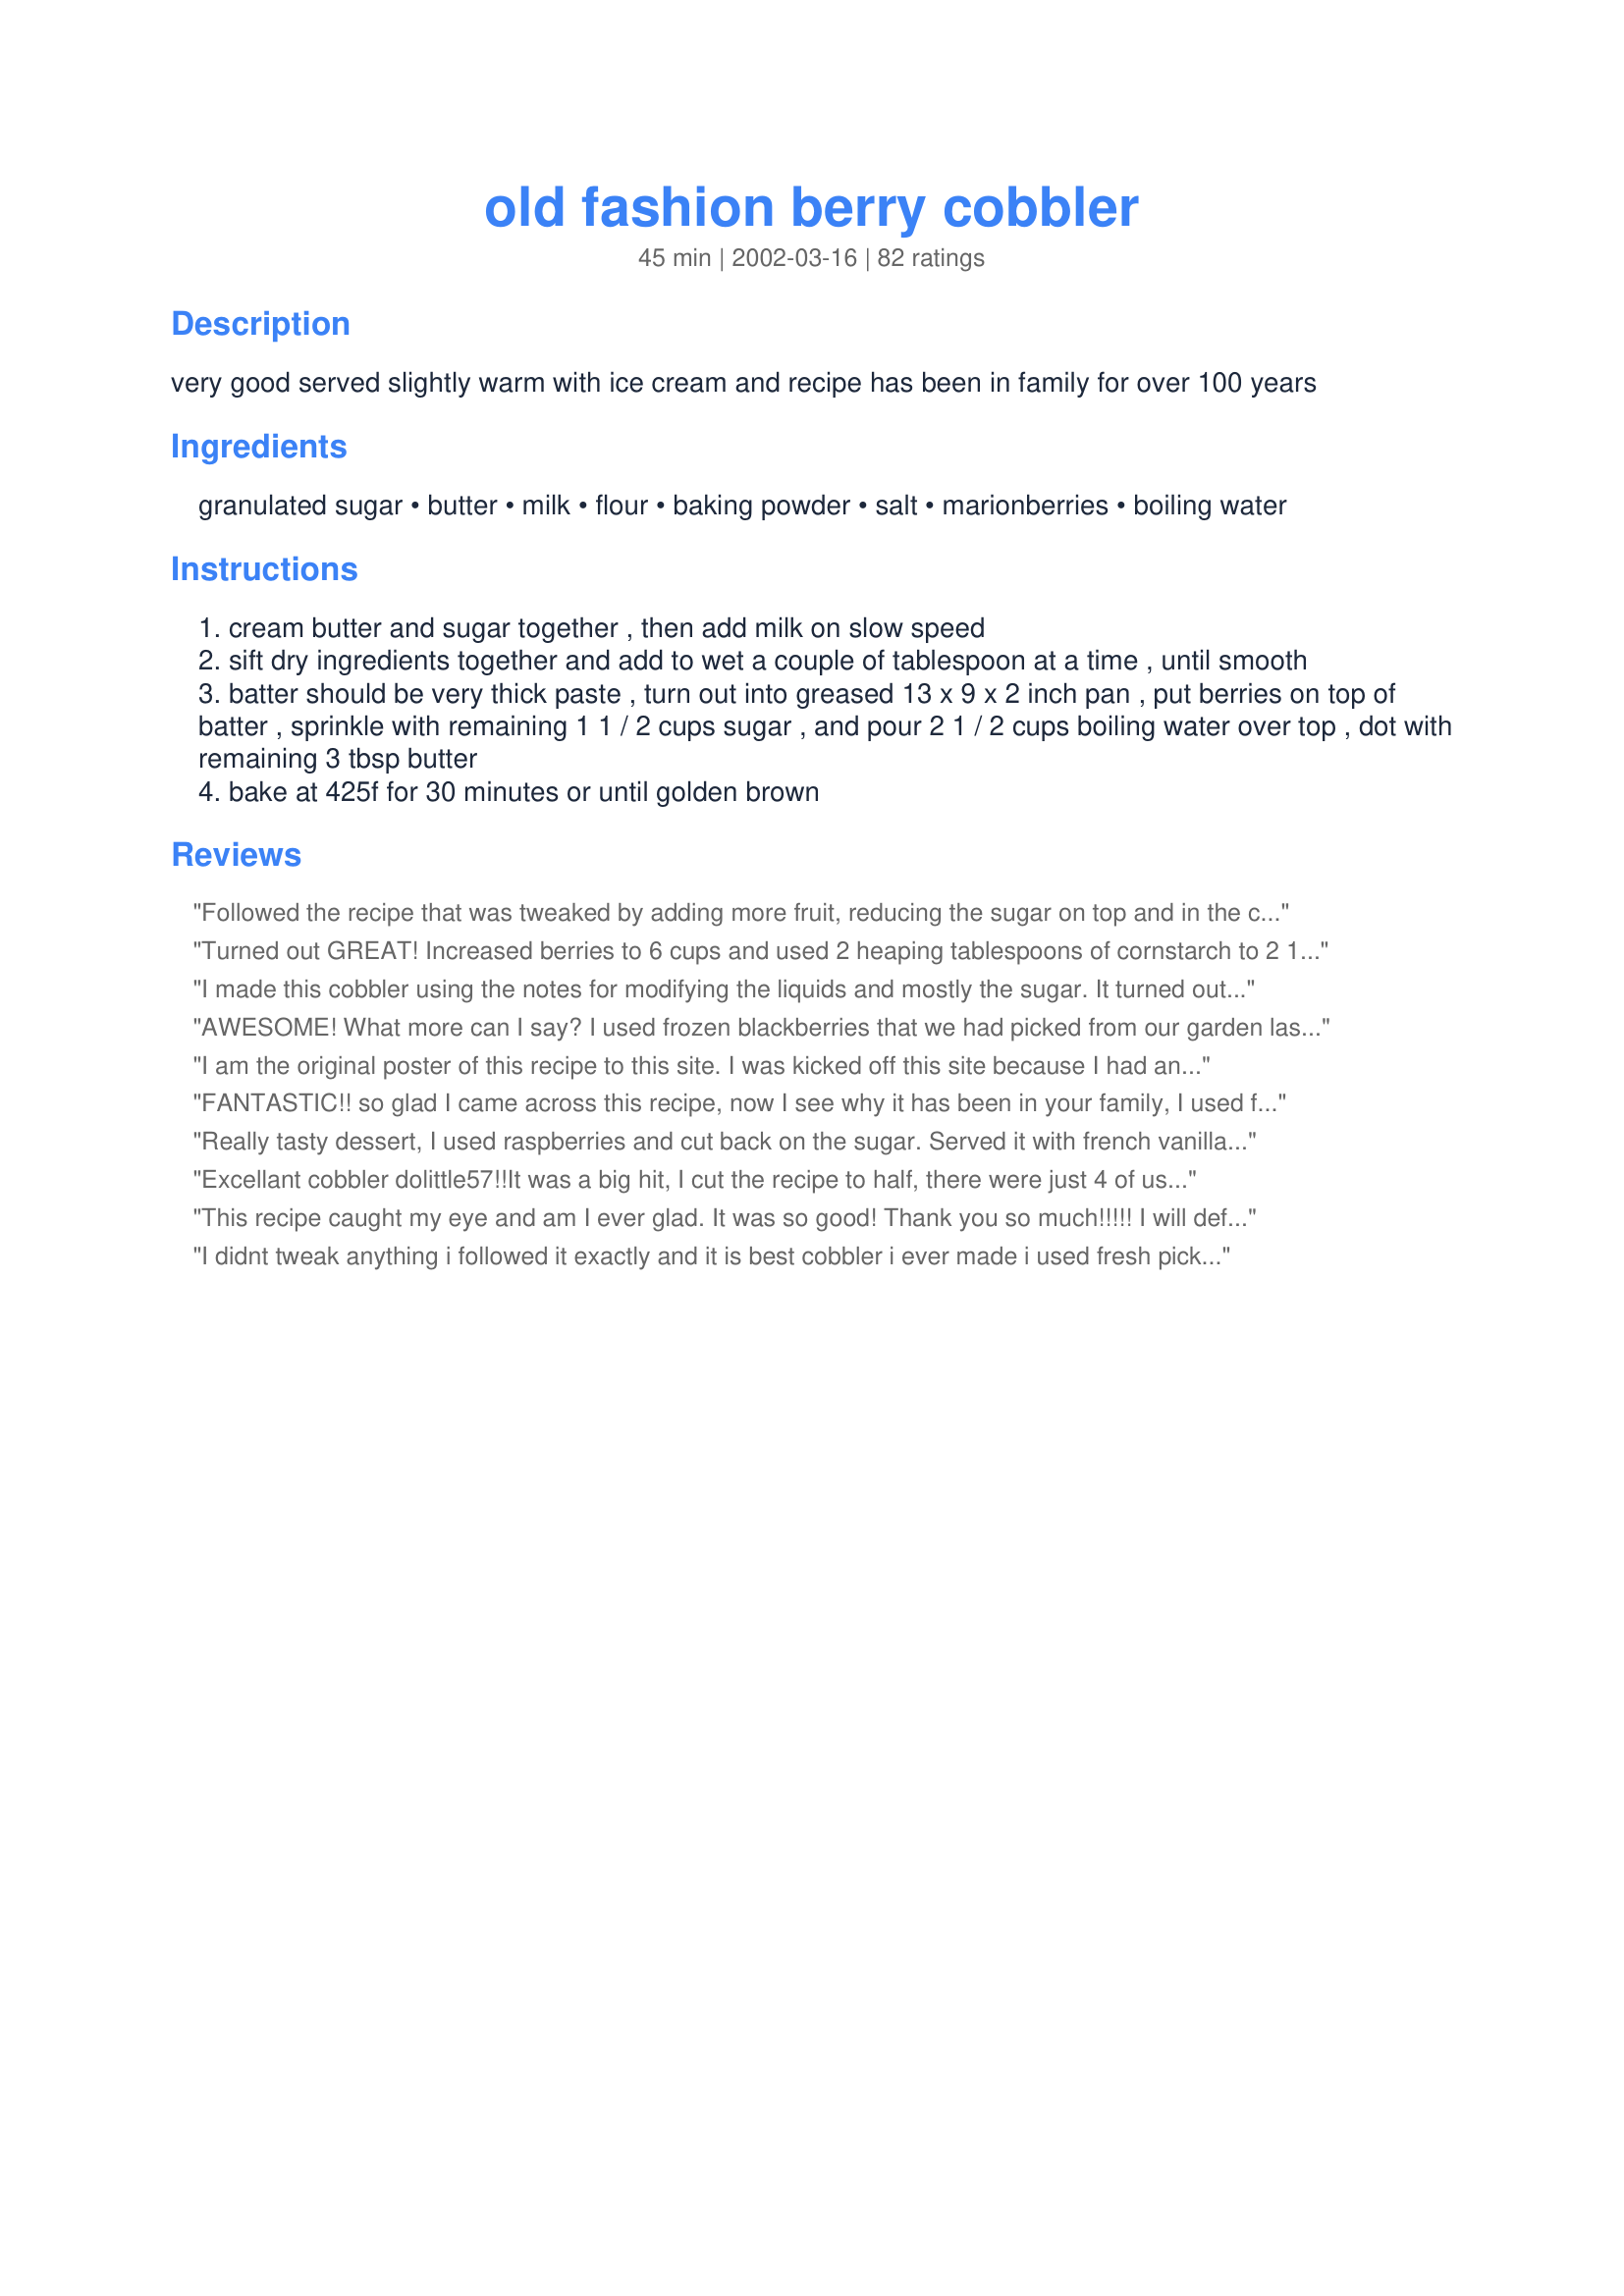
old fashion berry cobbler
Preparation time: 45 minutes

very good served slightly warm with ice cream and recipe has been in family for over 100 years

Ingredients:
granulated sugar, butter, milk, flour, baking powder, salt, marionberries, boiling water

Steps:
cream butter and sugar together , then add milk on slow speed
sift dry ingredients together and add to wet a couple of tablespoon at a time , until smooth
batter should be very thick paste , turn out into greased 13 x 9 x 2 inch pan , put berries on top of batter , sprinkle with remaining 1 1 / 2 cups sugar , and pour 2 1 / 2 cups boiling water over top , dot with remaining 3 tbsp butter
bake at 425f for 30 minutes or until golden brown

Reviews:
Followed the recipe that was tweaked by adding more fruit, reducing the sugar on top and in the cobbler, and the liquid to only 1 cup, but the batter never came to the top, sat on the bottom and is very dense. Frustrating! Maybe we'll just scrape the fruit off the top and eat that!
Turned out GREAT! Increased berries to 6 cups and used 2 heaping tablespoons of cornstarch to 2 1/2 cups cold water then brought it to a boil until thickened. AWESOME!!!
I made this cobbler using the notes for modifying the liquids and mostly the sugar. It turned out delicious, but I'm not sure if it was right. When I took it out of the oven it had about an inch of 'sugar water' jelled on the bottom. Looked wrong, but I thought it might solidify a bit if I left it in. We didn't end up taking it to our friends' dinner, so ate it this morning. The 'jelled' liquid at the bottom was delicious, even if it was wrong! It was almost like a topping for the cobbler. I'll do this again using any suggestions anyone has for me!! Great Cobbler!!
AWESOME! What more can I say? I used frozen blackberries that we had picked from our garden last summer, reduced the sugar to 1 cup & also reduced the boiling water to 2 cups. It came out golden & perfect--not too saucy, not too stiff. Can't wait to try it with other berries/fruit! Thank you, Doolittle!
-M :-)
I am the original poster of this recipe to this site. I was kicked off this site because I had an arguement with Mean Chef for the way he was treating people on this site. I wrote the administrators 2 times asking that my site name and recipes be removed, yet they did not do so, and from what I can tell they have copy righted my recipes. This was done without my knowledge or permission and I believe is illegal. I doubt this review will be posted.
FANTASTIC!! so glad I came across this recipe, now I see why it has been in your family, I used frozen raspberries and it came out really nice will be making this one alot. Great to make for family get togethers, YUM! YUM!. Thank you for posting it Dolittle57.
Really tasty dessert, I used raspberries and cut back on the sugar.
Served it with french vanilla ice cream and a little cream...yum!
Excellant cobbler dolittle57!!It was a big hit, I cut the recipe to half, there were just 4 of us, also cut back on the sugar, we like our berries a little tart. Probably because I used a deeper dish, I had to cook it longer, about 20 minutes more. But no matter it was delicious! and will do it again. Thanks for sharing a good recipe.
This recipe caught my eye and am I ever glad. It was so good! Thank you so much!!!!! I will definitely make many more times.
I didnt tweak anything i followed it exactly and it is best cobbler i ever made i used fresh picked red raspberries
It was very yummy. Haven't tried it with ice cream yet, but that should make it even better. It was a really good cobbler, just like I remember my mom used to make when we were young. I used blackberries from our local farmer's market. I'm going to get some more this week so I can make this recipe when my kids get home from grandma's. It was pretty easy to make too. Just make sure you warm any leftovers b/c it's MUCH better warm than cold! I'm going to add extra berries next time too, b/c I think I only used about 2 cups (but it was all I had and it was still yum!)
My brother in law used to make a receipe just like this using bisquick years ago. I do not like to use boxed ingredients, and so have not made this for 'years'. I was delighted when I found this receipe. I found it to be even better than the one he used to make with Bisquick. CHANGES I made: I took out 1/2 cup of the water to be poured over the batter and berries, and added 1/2 cup of fresh lemon juice with the outside of the lemon being grated. And YUM! #Foreversoldonthisreceipe.
This cobbler is delicious! I used whole wheat pastry flour and a bag of mixed berries. My husband loved this and wants me to make another...soon.
Amazing! I was nervous at first to pour the boiling water over top, but this is how it makes the saucy syrup.I have already made this several times,we love it.
This is wonderful! Used frozen cherries, but any fruit would be good. Thanks for the recipe!
Blueberries were tops in this timeless classic! Thumbs up!
I’m curious about the fruit going ON TOO of the batter? It’s browning in the oven?? When I’ve made cobblers before the batter goes on top of the fruit??
Really great flavour. It&#039;s not berry season here, so I used a frozen berry mix - loved all the different sweet/tart berries along with the cobbler. I would say that for me personally, I would add a 1/2 cup less water next time I make it as I found it a little soupy. Great flavours though. Very more-ish! I kept picking and picking!!
OMG!!! I don't know what happen, but the butter and sugar wasn't creamy and it looked like the skim milk I used made it curdle. I know I was using fresh ingredients, so I just kept going. I sifted the rest of the dry ingr. and the batter looked good. Well, I thought if anything else I still have enough of everything I need to make another one if this didn't turn out. To my surprize, it was the best cobbler I had made for the first time! I used blueberries,blk berries and peaches all frozen. I did as one of the other recipes said to reduce sugar by 1/2cup and boiling water by 1 cup. Everyone in my office loved it. It looked fabulous and tasted extra yummy. Thanks for the recipe and help from the others who did revisions for a better taste. KEEPER,OH YEAH!
A wonderful cobbler. I seriously wondered about the 2 1/2 cups of water but it was perfect. I doubled the amount of fruit (home grown blackberries) and left everything else the same. Fix early as it will not be nearly as good the next day
This was great! I had unexpected company and remembered I had this recipe. I used frozen mixed berries (strawberries, blackberries etc..) and it turned out EXCELLENT!
My man loved this recipe, but I found it a little high on the baking soda (it had that slightly metallic aftertaste), and it almost burned because the cooking time was a few minutes too long for my oven. Other than that, it was really good.
I was skeptical about this recipe. I didn't think that we'd like it. I mean who ever heard of pouring water on top?? BUT, WOW!!! This is awesome! Thanks a lot, we'll be making this again and again.

I only put 1 cup of sugar on top, cause it looked like a lot. We put the entire 2 1/2 cups of water on there. It was soupy when we scooped it up, but who cares!? It was like a berry sauce all over the vanilla ice cream. This is a great recipe!
Yum
I've made this 3 times now, following the recipe to the letter each time (except I used frozen berries). It is hands down the best cobbler I have ever had in my life.
Having been brought up in a Cajun community, if you didn't share your food...well, you wouldn't be--Cajun! To this day I still feel the need to share so I brought some to my neighbor who just devoured his portion...and he was looking for more!!! I had one major concern. The 1 1/2 cups sugar topping the berries seemed excessive. I cut it to one cup and it was plenty sweet. As suggested by other chefs I, also, cut the boiling water to 2 cups. DE-lishous! Oh wait, I didn't use enough exclamation points, so here's some more--so gooooood!!!!!!
Mine turned out just like the pictures....It doesn't get any easier than this recipe....A real keeper...
Everyone loved this dessert. I read the reviews and also used less sugar and boiling water at the last step,on account I also use frozen berries. I thought it was strange putting the batter on the bottom. But what a fun surprise to keep peeking in and seeing the dough rise up through the fruit. It was delicious and fun to make. Can't wait to make another, and change up the fruit. I used 1 1/2 c raspberries and 1 1/2 blackberries.
Very good for brunch!
Oh WOW!!!! We loved this recipe... thank you so much for sharing!! I followed the recipe extactly except.... i did only use 1 1/2 cups of boiling water, because i used frozen berries. It came out just perfect!!! This would make a great addition to a sunday brunch too!! Loved it!!!
My family really enjoyed this sweet, buttery cobbler. The cake portion was neither too dense nor too light. I did feel that the fruit was a bit soupy when I made this the first time so I reduced the water by 1/2 cup in my second attempt and was much happier with the results. I used frozen blueberries, and thus, had to add several minutes to my cooking time. Comfort food is what comes to mind when I think of this recipe. I can't wait to try this with other types of berries. Thanks for posting your recipe!!!!!
I used all blueberries. In retrospect, there are a lot more blueberries in 3 cups than say , raspberries. Even still, it was so good. This recipe is very forgiving because I unintentionally left out half a cup of water too . My husband couldn't stop eating it. I had to fight myself from taking a second helping. Great recipe!
This was very scary to make, it is an unconventional way to make it (to me) and I remember thinking while putting the raw ingredients together that this was either going to be the greatest thing I've ever made or the biggest catastrophe. Well, it turned out to be the greatest thing I ever made. I followed the directions exactly, except I used two bags of frozen mixed berries and only used 1 cup of sugar for the top of them and 2 cups of boiling water, after reading some reviews. Oh, and I used a 14.5x10.5" glass pan so it wouldn't be so thick. It turned out perfectly. I took it to Thanksgiving dinner at my mother's house and it was a hit!! There was more fruit than crust and it wasn't too syrupy or too sweet, just the way I like cobbler. Thanks for this recipe, I will definitely be using it again.
Excellent recipe and easy to make. I did use Splenda instead of sugar, still tasty for those of us who are trying to cut back on sugar, but I am sure not as good as the real thing. I will totally make this again. Yummy
EXCELLENT, berries are not in season now so had to buy out-of-season berries, this was soo good I didn't feel bad about spending extra bucks on it.
Post away Doolittle, looking forward to more great recipes!
I made this today for DH's mom's Mother's Day dinner. Used a frozen 3-berry blend and probably baked an additional 2 minutes. MIL, step-FIL, and SIL all were thrilled with it. I enjoyed it, too, although cobblers aren't my favorite dessert. Certainly it was easy to make. Served with some low fat vanilla ice cream.
This was delicious! It was a little too sweet for me though, so I think next time I will cut back on the sugar. The hubby loved it.
How can something so easy taste so good? It is easy and tastes great.
Look no further, you've just found the best berry cobbler recipe in the world!!!! I did tweek things to fit my families tastes, but I'm sure the recipe would be wonderful left as is. I upped the berries and used half the sugar over the berries...tart/sweet and so yummy! Also lessened the water by 1/2 a cup as suggested in another review. The recipe sounded so strange because you put the batter on the bottom and it ends up on top, but it worked perfectly! Thank you! Thank you! Thank you! Update-I've made this many times over the years now. It's always a favorite. I used a half cup of sugar in the batter and a half cup of sugar over the top. With a scoop of ice cream on top it's absolutely perfect.
i really wish i could give this recipe ten stars!! i am NOT big on berries at all, but had some fresh blueberries, blackberries and strawberries that i wanted to use before they spoiled. Voila! i stumbled on this gem of a recipe and i am beyond impressed. i am not the least bit good at baking, but this is the most delicious dessert i've ever made! i reduced the boiling water to 2 cups (i don't like too much liquid) and this is PEEEEEEEEERFECT. Sweet, tart, gooey, and crunchy all in one! Many thanks for sharing!
I second guessed myself and the recipe as I started pouring all that water over all that sugar, but i just trusted and went for it! I’m going to have one Very Happy Hubby! I used the wild raspberries he picked! Can’t wait to dig into it!
OMG so good!!! I did make a few changes based on the reviews and now wish I had made the recipe as stated. I reduced the sugar and water mix each by 1/2 cup. I will keep both as the recipe states next time as that will give me more sauce in the bottom. I also subbed 1/2 cup whole wheat flour for 1/2 cup regular. Anyway, Great Cobbler - will be making again.
This was a really good cobbler. I used mullberries from my tree so I reduced sugar on top by 1/2 cup and only used 2 cups boiling water. It turned out great! This will be my cobbler recipe from now on.
This was very good. I think mine needed a tad bit more cooking time than the additional 5 recommended for frozen berries. Maybe because i used frozen berries and splenda? It still came out really great though. I did use only 1 1/2 cups of boiling water like others recommended. Luckily I did because if i would of used more then it would of came out very watery. I did use 4 tablespoons of butter on the top instead of the 3.
I think this is a keeper and will make a little more modifications to it in the sugar and water portions next time.

It is still really good as is though.
Too sweet! Next time I would only put 3/4 to 1 cup of sugar over berries, and squeeze some lemon juice over berries before I poured the boiling water over. Otherwise I thought it was delicious.
Really like the dough. Like other reviewers said way too sweet for my preference. Also a little runny still. Next time will decrease the water by half cup. Also will decrease sugar even more probably only 3/4 of a cup on top of the berries instead of the one and a half cups stated. Would use this recipe again, just because it’s so simple and kind of neat to have the hot water method.
What a hit! Used frozen berries, 1/2 less sugar and 1 cup less water. Turned out really delicious.
This recipe is incredibly good and incredibly easy. My nine year old son actually made it with some supervision. We had it hot out of the oven with ice cream over it. I used a mix of frozen blueberries and blackberries. It was YUM!!! Thanks.
We really enjoyed this. I used frozen 
Black berries and 1 cup sugar, 2 cups 
boiling water. Can't wait to try it with fresh berries. Thanks!
I just tried these. They are great. Melt in your mouth perfect. I am a caterer and tried these in 4 oz jelly jars. I used two tablespoons boiling water per jar and baked until golden brown. Delicious!
Loved this one! Used frozen dark cherries, and it made the crust taste like a yummy blueberry muffin somehow. It was very good. The entire group I served it too devoured it, and my dh was SO happy, bc I made it gluten free for him. No one noticed! I thought it was delicious!
Halved the recipe. Subbed half brown sugar in batter and used frozen mixed berries. Also cut the amt. of water in half again per reviews. Perfect after 30 min. in the oven. Wish we had vanilla ice cream!
I made this cobbler for dessert tonight, and it turned out great! I used a combination of fresh blackberries, blueberries and sliced strawberries. It came together quickly. I read all the reviews, and took the advice to reduce the water so I had a thicker sauce on the bottom (just a personal preference.) I only used 1 1/2 cups of boiling water. I also reduced the sugar, as others suggested to 1 cup, but since my blackberries were so tart, I think next time, I'll use the full 1 1/2 cups that the recipe suggests. The preparation time and baking times are right on I was thinking it seemed so odd to add boiling water to the top of the cake!I used just a tad more butter (4 Tbsp, instead of 3)Just as stated by others, the berries and water sink to the bottom, and make a lovely sauce, and that luscious cake rose to the top! It's perfect, and will definitely become a family favorite!We served it warm with vanilla ice cream.I really think the berries need that to set it off. Thank you SO MUCH Dolittle!

edited to add: I can't believe I'd forgotten about this dessert, after making it, and rating it 2 yrs ago. But I was searching for a great way to use up some fresh blackberries, and found this saved in my cookbook here, and made it again tonight. ABSOLUTELY DELICIOUS! Made it today June 14, 2009. Our family loved it, and everyone had seconds, and some had thirds! I won't forget about it again.Thanks again Dolittle57!
LOVED this recipe. Make it with peaches and berries. Did not change a thing. Wasn't a bite left. Thanks so much for this great recipe.
I just made this cobbler for the second time. This is the best cobbler I have ever tasted. I followed the directions to the letter and it turned out great.
This was awesome! It did bubble over the edge of my pan though. I would recommend that if frozen berries are used to cut the boiled water by about 1/2 cup. I also added about a tsp of vanilla to the batter. I used mixed berries including black berries. I love black berries, but next time I think I will not add them because of the seeds. It will be fun to experiment with different kinds of berries - especially when they come in season. Yummo!
This was very good and easy to make. Everyone said that it was delicious and there wasn't much left over. I used a 16 ounce package of frozen blueberries for this recipe and baked it about 35 minutes. The cobbler was served warm with a little vanilla ice cream. I've never made or tasted a cobbler before so I was surprised that all of the batter rose to the top and the fruit sank to the bottom - great trick! I will definitely make this again and might try peaches, apples (with a little cinnamon) or cherries next time.
I baked the cobbler this morning for tonight's dessert, but I may have to make another one by then, I had to have a taste, the BH had to have a taste, and before we knew it, we had cobbler for breakfast and it's half gone! Berries aren't in season here, and I used frozen blueberries. I also used soymilk so the dessert wouldn't be dairy. With a dash of vanilla thrown in this is a dessert worth handing down to deserving generations!
This was absolutely the best cobbler I have ever made and so, so easy to make. I reduced the sugar and water by 1/4 cup and it was perfect! I used frozen blackberries and added about 5 to 8 minutes to the cooking time. I can't wait to try it with other fruits. I will definitely be sharing this recipe with friends and family soon!
It’s a really good recipe. The topping was perfect and needed no changes. I did make a couple of minor changes but all in all this is my go to recipe. I added six cups of fruit instead of three because I like a lot of fruit. I used the mixed berries from Costco. I added three tablespoons of corn starch to the sugar mixture and then mixed it into the fruit. I like a thicker syrup for a cobbler rather than a juice.
Tastes good and easy to make. What could be better? Used frozen fruit and two cups of water. Baked for 35 minutes. Terrific!
This was really, really good. Hot water and sugar turned into a bluberry sauce, served with vanilla ice cream sooo good. My berries didn't sink but I used more that recipe called for. Just made it better!! Can't wait to make it again.
Used spelt flour instead and put in half the sugar both in the batter and on the berries because I like my desserts sweet but not decadent. The water on top kind of took me by surprise, but I did it and figured it has something to do with making it crispy and keeping the berries from getting sour. My friend had it and then tried a cobbler at a restaurant. He reported to me that I could cook for him any day and that this cobbler was SO much better than the restaurant one.
This recipe was very good. I am a big berry lover so I used 5 - 6 cups of mixed frozen berries .I decreased sugar to 1 cup & added about 1/2 tsp cinnamon.I decreased the boiling to 1 3/4 cups. The result was not too sweet with a thicker sauce.I have always liked lots of berries in pies and cobblers so this was great. I am going to try it with Splenda this weekend. Thanks for sharing. This recipe is also known as Creeping Crust Cobbler!
WOW!! This recipe is simply wonderful! I made it exactly as directed, using a frozen mixture of raspberries, marrion berries and blueberries. This recipe is so incredibly simple to prepare, there is no reason why you couldn't have dessert everynight : ) The crust browns beautifully and has a nice crispness. The cobbler has a nice mixture of sweetness, but not too overly sweet and a nice slight tartness added from the berries. I will definitely make this again and again and again........ Thanks, DoLittle for sharing this family treasure!
This is now my go-to cobbler recipe. Everyone loves it. I use less sugar and a little less water...takes longer to bake than recipe says...
This is my first cobbler and it turned out PERFECT! I didn't know that the crust would rise to the top, but it did. The crust was crunchy and the ooozing berries just melted in my mouth. I LOVE THIS! Thanks so much for posting it!
This was really good and very easy:) I should have read others suggestions before I made this dish, as I usually do. I used a frozen berry mix and the 2 1/2 cups of water was WAY to much. I don't like my cobbler soupy:( Will try again with LESS sugar and water. Thanks for posting though:)
Just made this and it is amazing! By far the best cobbler my wife has made ! I was a little worried about the 2 1/2 cups of boiling water, but it turned out great.
I made this last night and I loved it. I pitted I quart fresh cherries and then added 1 quart of fresh blackberries. (that is what I had on hand) I cut back on the water to 1 1/2 cups and used Splenda in place of regular sugar. My husband who is very fussy LOVED it. I will make this again for a party this weekend.
This was a HUGE hit at the potluck I brought it to, and it doubles very easily. Mine was a bit on the sweet side, so you may want to adjust the sugar according to your taste and the tartness of the berries. Will defenitely make again, this was a great recipe. Thanks for posting, Doolittle57! :)
Absolutely wonderful. I too used less boiling water, only 1 cup, but I was using frozen berries, which had a good bit of liguid in them.

thanks for sharing
Yum! I used this recipe to use up the wild mulberries we have in our back yard. 1 and 1/2 cups sugar on to of the berries seemed like way too much. I only used 1/2 cup and it was perfectly sweetened.
Perfect! Made this as the first desert for my new man and it is awesome!! I will add this to my family album- good for another 100 years!!
I baked this for myself and DH. It was absolutely wonderful. I used 2 1/4cps. of frozen wild blackberries from this past summer. On a cold winter night in Buffalo, NY it was a real treat! Thank you for sharing.
The recipe was very easy to prepare, but I wish I had paid more attention to the reviews before making it. The blackberries were a little too soupy to suit us and it was really sweet. Next time, I'll also cut down on the sugar and water.
the taste of this cobbler is superb but the recipe calls for way more water than it needs and i was upset to discover that by following it, my cobbler was soupy in texture :( i will definitely make it again and cut the water in half the next time. if not for this, i would have given it 5 stars- do yourselves a favor and CUT THE WATER IN HALF!
This was fabulous and sooo easy! I had never made cobbler before, but I will definitely make it again!!
i was a little worried when the recipe called for the boiling water. never fear, this is the best cobbler by far. we used fresh picked cherries from our yard and we have never had a better cobbler. and serve it warm with vanilla ice cream, i have not been happier. thanks for a great recipe.
This was fantastic!! The only thing I did different was to use a little less water (1cup) since I was using frozen berries. Next time I will also cut down on the sugar because I do like things to be a little more tart:)
This cobbler turned out beautiful, and sooo tasty. I used fresh blueberries, strawberries, and raspberries. It wasn't until after it came out of the oven that I realized I forgot the 1 1/2 c of sugar on the fruit. It was a little tart, just like I like it! My sweety thinks it should have the additional sugar. Next time I will probably make it with about half the sugar... I was really concerned about the amount of liquid, after pouring on the boiling water. I shouldn't have worried, it was perfect.
Whoa, baby! I took this over to a friends' and got rave reviews. I feel guilty eating something which has so much sugar, but it's great for impressing people. I added the vanilla too.
